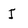
Character: J